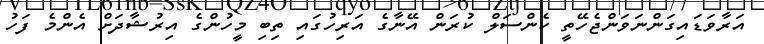
އަރާވަޑައިގަންނަވަންޖެހޭތީ ކެންސަލް ކުރަން އޭނާގެ އަރިހުގައި ތިބި މީހުންގެ އިރުޝާދަށް އެންމެ ފަހު